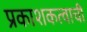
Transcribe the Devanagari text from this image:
प्रकाशकत्वाची